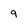
Character: 9